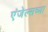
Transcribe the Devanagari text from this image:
एंजेल्सच्या